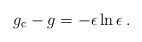
\begin{align*}g_{\rm c}-g = -\epsilon\ln\epsilon\, .\end{align*}